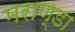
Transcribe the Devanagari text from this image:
मराण्डा